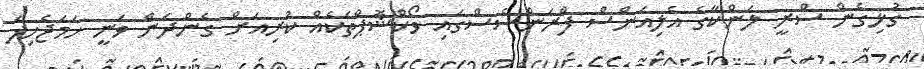
ގުޅިގެން ސްރީ ލަންކާގެ އެލިއަންސް ފްރަންސެސްގައި ވޯކްޝޮޕްތަކެއް ކުރިއަށް ގެންދަން ވަނީ ހަމަޖެހިފަ